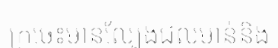
ក្រចេះមានល្បែងជលមាន់និង